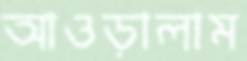
আওড়ালাম